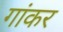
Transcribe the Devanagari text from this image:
गांकर